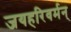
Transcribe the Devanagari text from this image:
जयहरिवर्मन्